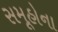
સમૂહોના